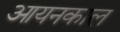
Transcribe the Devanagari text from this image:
आयनकाल